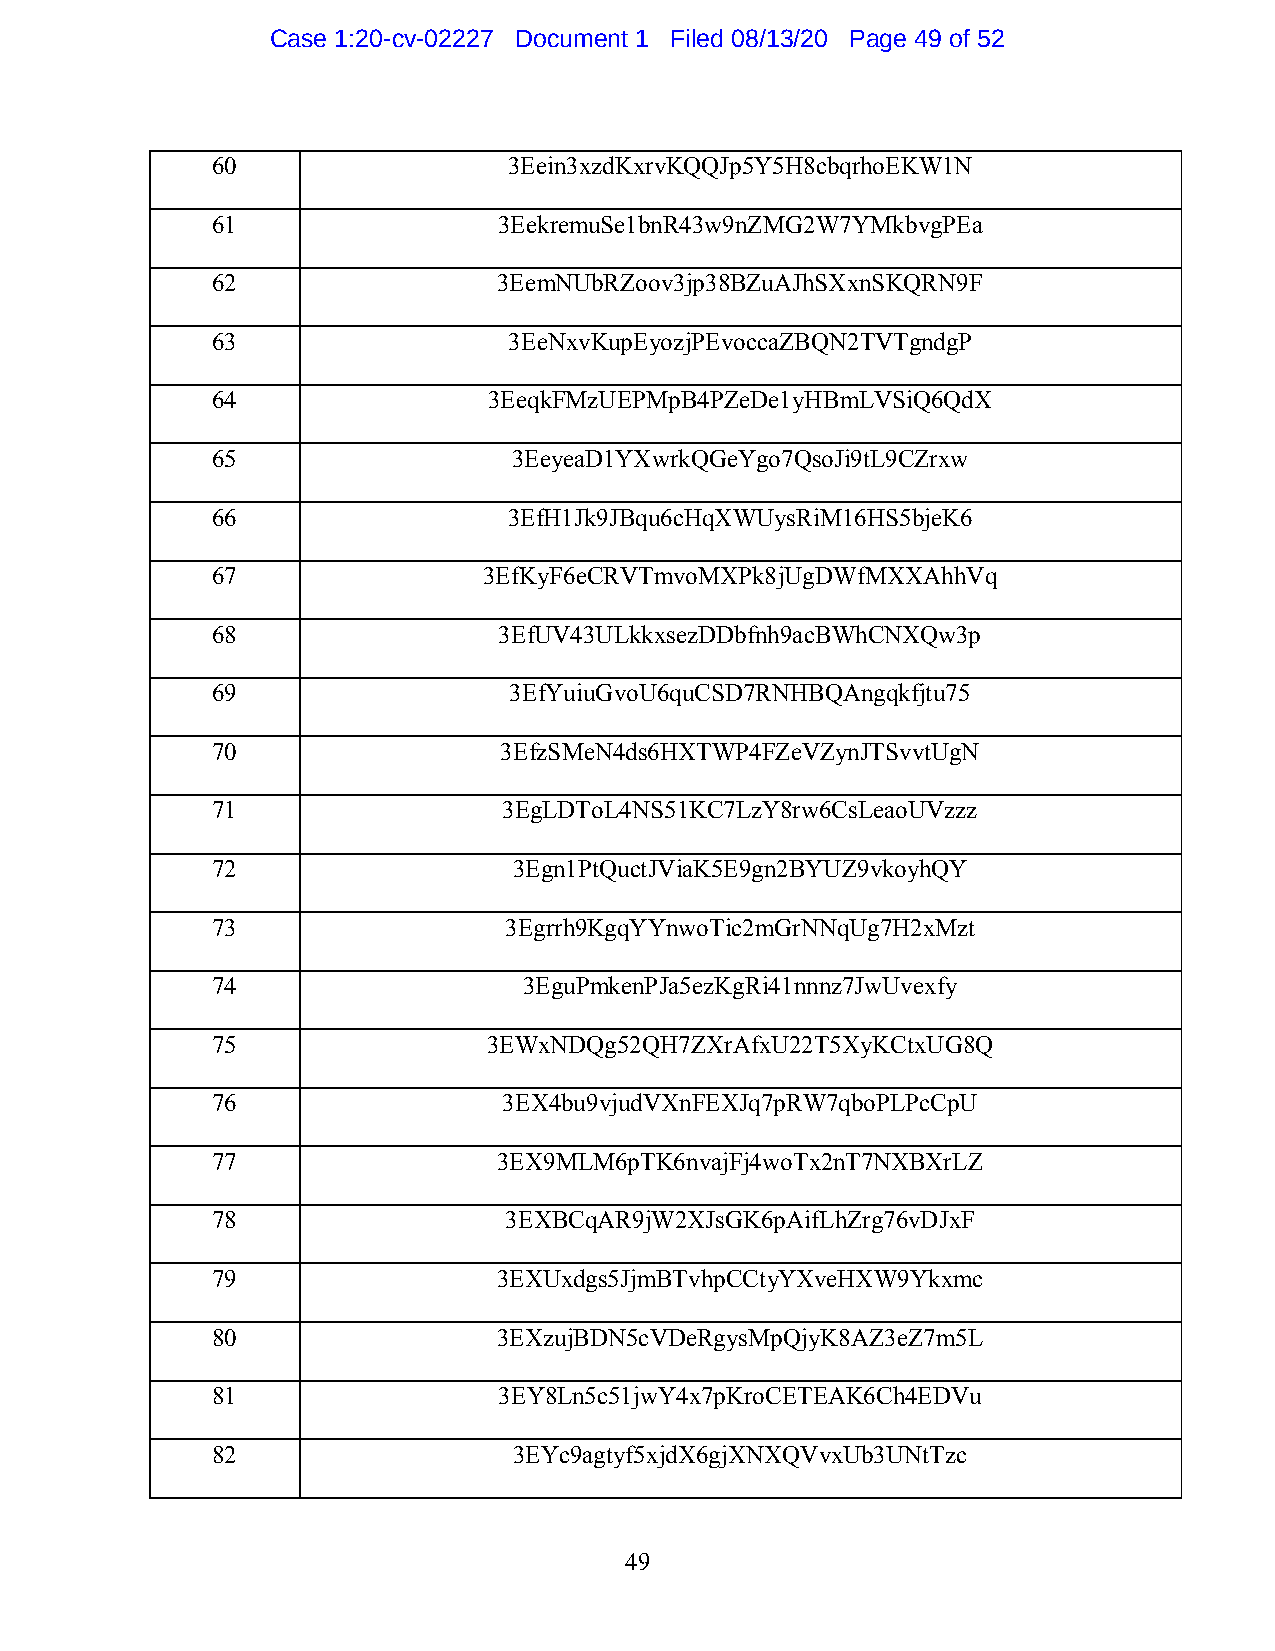
Case 1:20-cv-02227 Document 1 Filed 08/13/20 Page 49 of 52
 60                  3Eein3xzdKxrvKQQJp5Y5H8cbqrhoEKW1N
 61                 3EekremuSe1bnR43w9nZMG2W7YMkbvgPEa
 62                 3EemNUbRZoov3jp38BZuAJhSXxnSKQRN9F
 63                  3EeNxvKupEyozjPEvoccaZBQN2TVTgndgP
 64                3EeqkFMzUEPMpB4PZeDe1yHBmLVSiQ6QdX
 65                  3EeyeaD1YXwrkQGeYgo7QsoJi9tL9CZrxw
 66                  3EfH1Jk9JBqu6cHqXWUysRiM16HS5bjeK6
 67                3EfKyF6eCRVTmvoMXPk8jUgDWfMXXAhhVq
 68                 3EfUV43ULkkxsezDDbfnh9acBWhCNXQw3p
 69                  3EfYuiuGvoU6quCSD7RNHBQAngqkfjtu75
 70                 3EfzSMeN4ds6HXTWP4FZeVZynJTSvvtUgN
 71                 3EgLDToL4NS51KC7LzY8rw6CsLeaoUVzzz
 72                  3Egn1PtQuctJViaK5E9gn2BYUZ9vkoyhQY
 73                 3Egrrh9KgqYYnwoTic2mGrNNqUg7H2xMzt
 74                   3EguPmkenPJa5ezKgRi41nnnz7JwUvexfy
 75                3EWxNDQg52QH7ZXrAfxU22T5XyKCtxUG8Q
 76                 3EX4bu9vjudVXnFEXJq7pRW7qboPLPcCpU
 77                 3EX9MLM6pTK6nvajFj4woTx2nT7NXBXrLZ
 78                 3EXBCqAR9jW2XJsGK6pAifLhZrg76vDJxF
 79                 3EXUxdgs5JjmBTvhpCCtyYXveHXW9Ykxmc
 80                 3EXzujBDN5cVDeRgysMpQjyK8AZ3eZ7m5L
 81                 3EY8Ln5c51jwY4x7pKroCETEAK6Ch4EDVu
 82                  3EYc9agtyf5xjdX6gjXNXQVvxUb3UNtTzc
 49